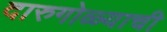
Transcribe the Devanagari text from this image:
दारुगोळ्याची